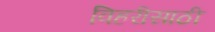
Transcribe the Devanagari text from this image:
विहरीसाठी